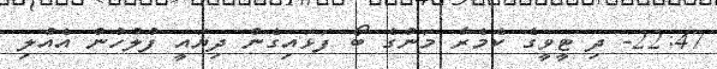
22:47- ދި ޓީވީގެ ކެމެރާ މަންގެ ބޯ ފަޅައިގެން ދިޔައީ ފުލުހުން އެއްލި